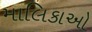
માલિકાઓ